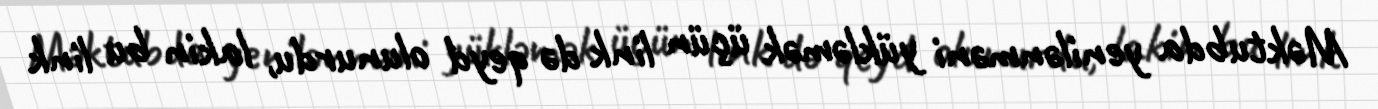
Məktubda yenilənməni yükləmək üçün link də qeyd olunurdu, lakin bu link